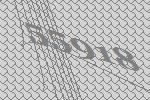
55918